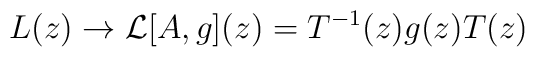
L(z) \rightarrow {\cal L}[A,g](z)=T^{-1}(z)g(z)T(z)